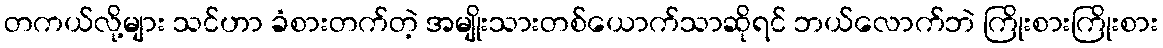
တကယ်လို့များ သင်ဟာ ခံစားတက်တဲ့ အမျိုးသားတစ်ယောက်သာဆိုရင် ဘယ်လောက်ဘဲ ကြိုးစားကြိုးစား